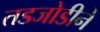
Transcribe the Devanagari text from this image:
तडजोडीने